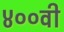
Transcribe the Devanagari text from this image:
४००वी